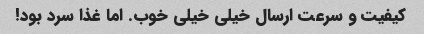
کیفیت و سرعت ارسال خیلی خیلی خوب. اما غذا سرد بود!